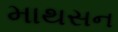
માથસન